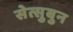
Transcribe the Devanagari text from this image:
सेत्सुबुन